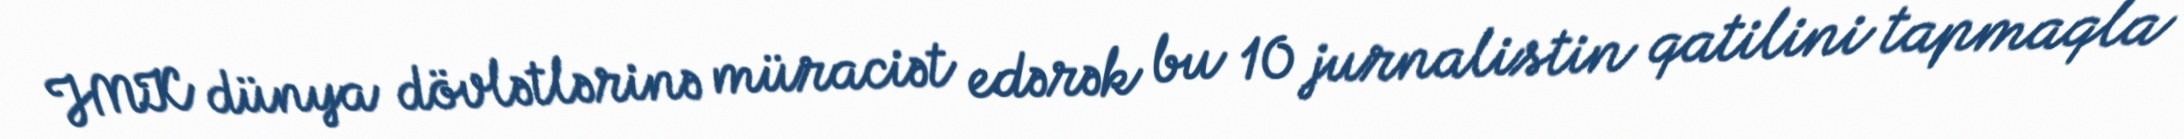
JMK dünya dövlətlərinə müraciət edərək bu 10 jurnalistin qatilini tapmaqla